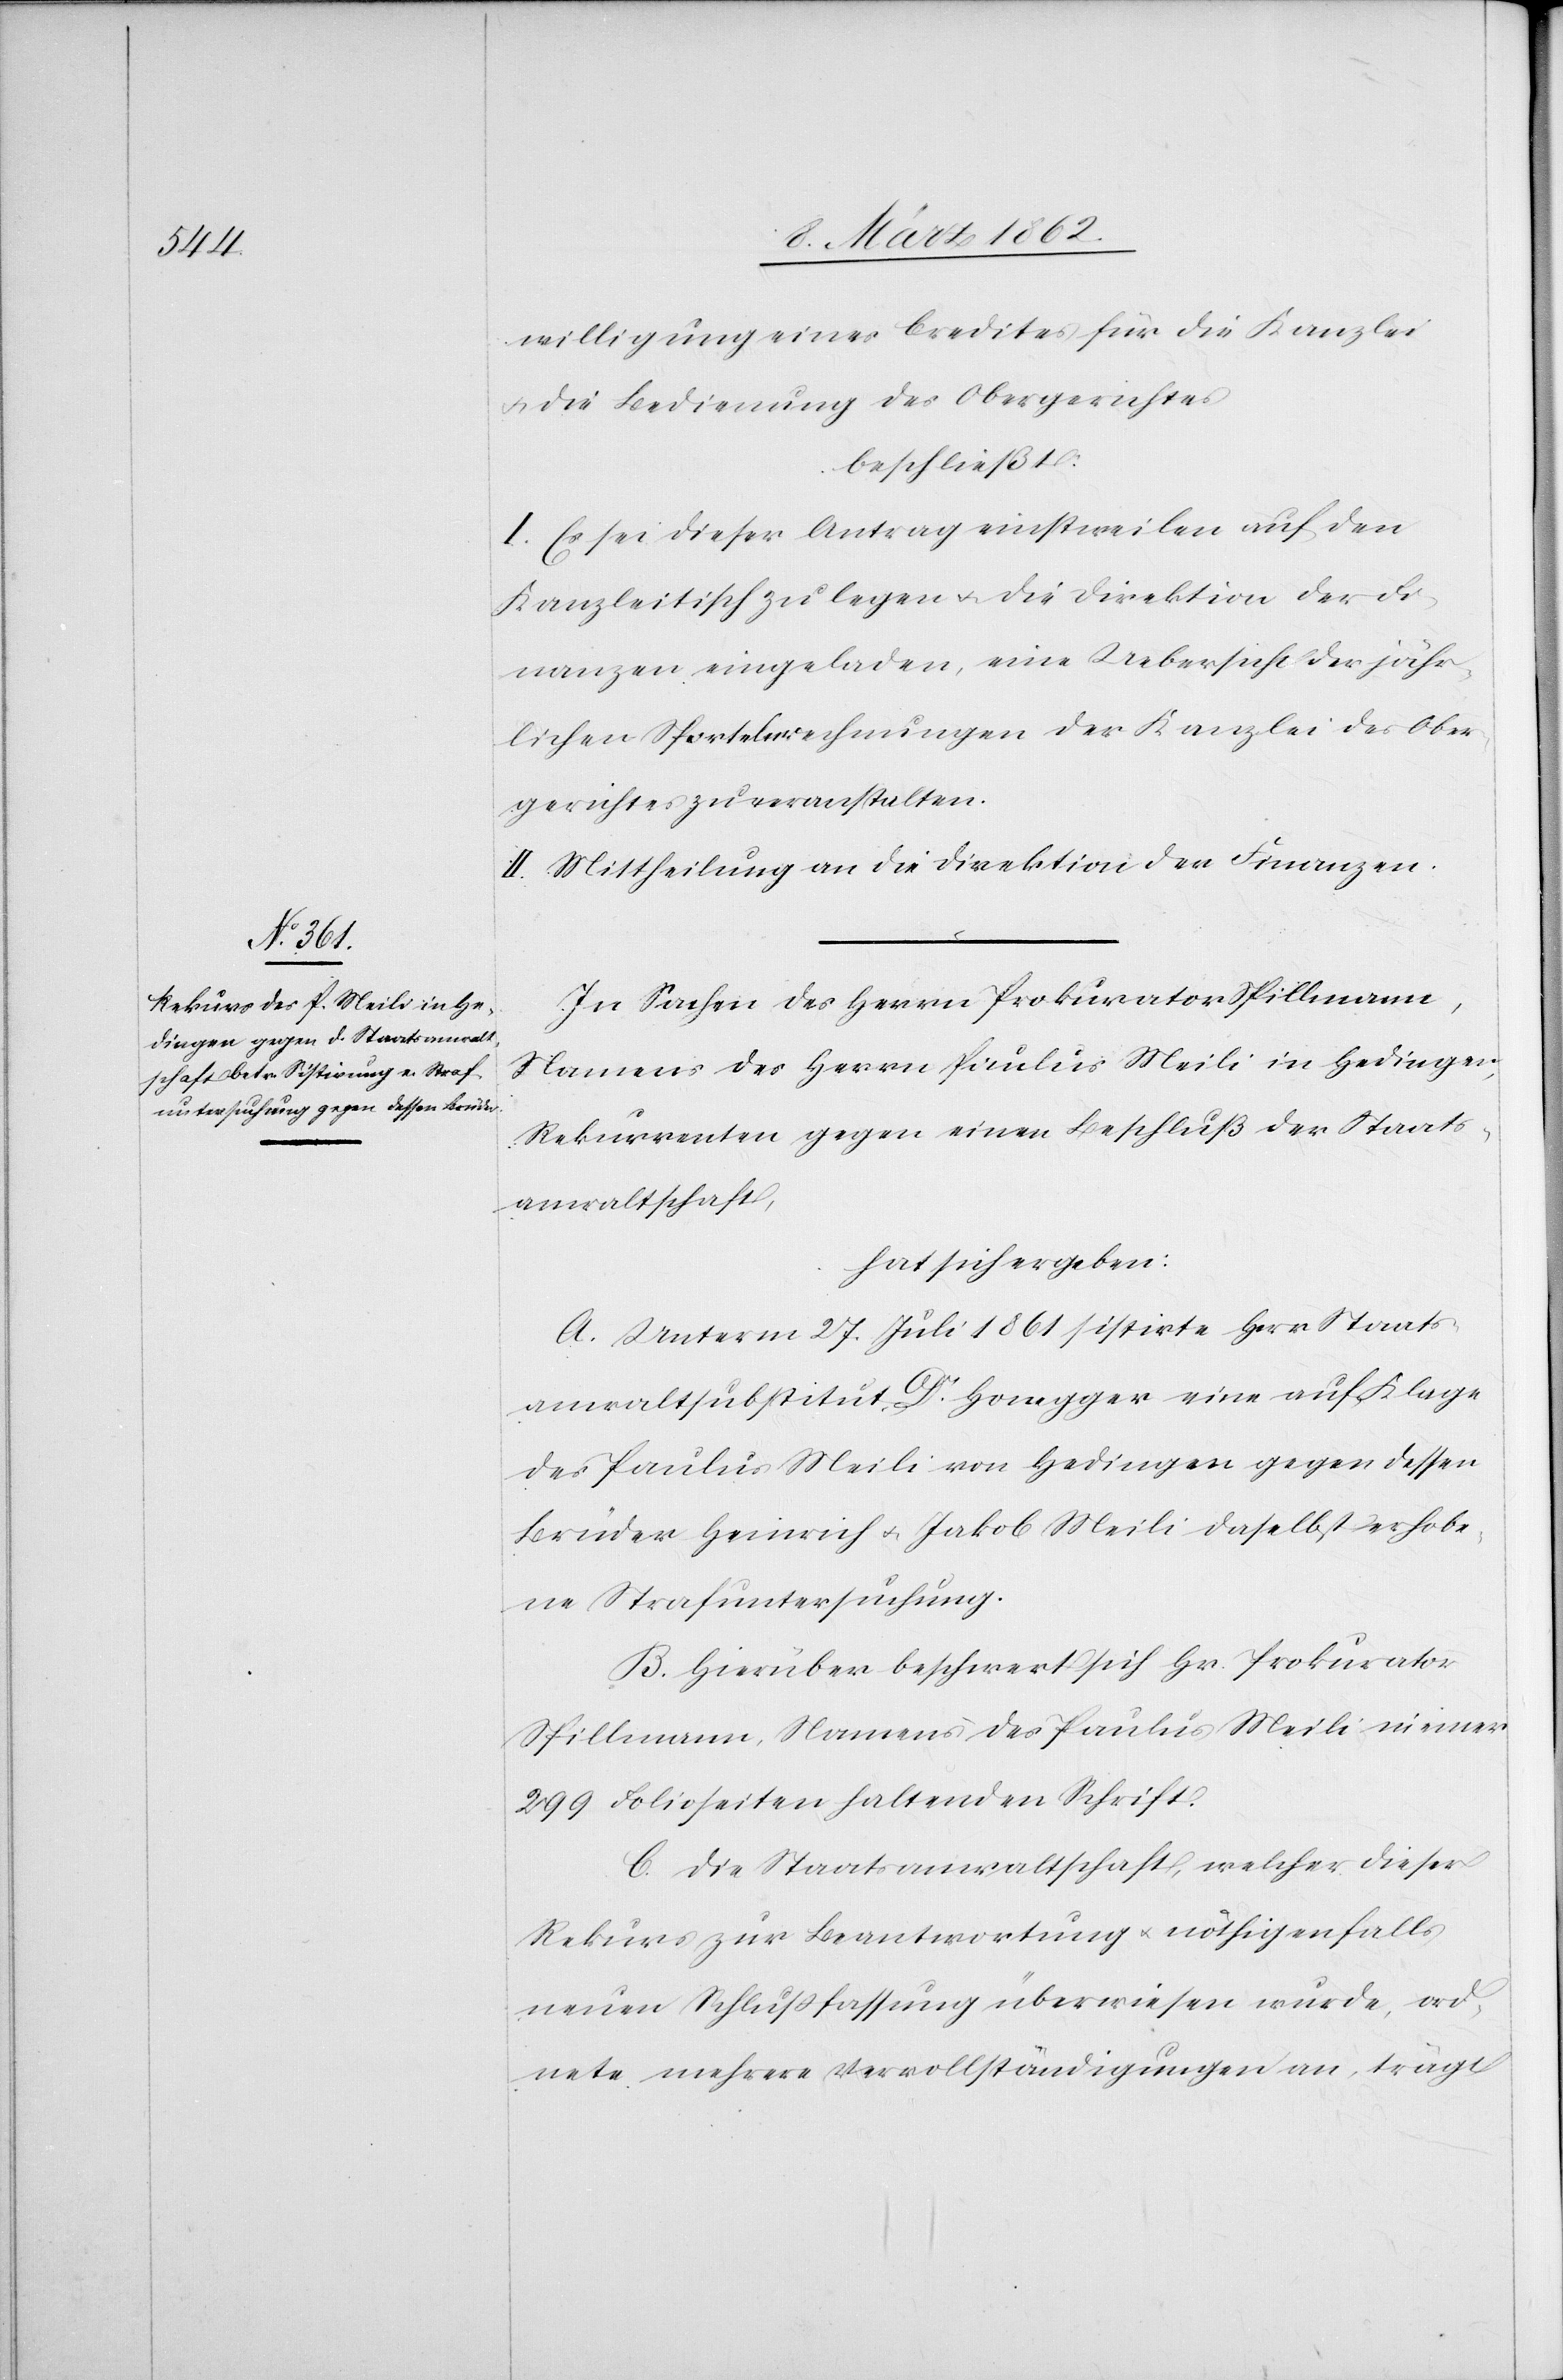
willigung eines Credites für die Kanzlei
u. die Bedienung des Obergerichtes
beschließt:
I. Es sei dieser Antrag einstweilen auf den
Kanzleitisch zu legen u. die Direktion der Fi¬
nanzen eingeladen, eine Uebersicht der jähr¬
lichen Sportelnrechnungen der Kanzlei des Ober¬
gerichtes zu veranstalten.
II. Mittheilung an die Direktion der Finanzen.
In Sachen des Herrn Prokurator Spillmann,
Namens des Herrn Paulus Meili in Hedingen,
Rekurrenten gegen einen Beschluß der Staats¬
anwaltschaft,
hat sich ergeben:
A. Unterm 27. Juli 1861 sistirte Herr Staats¬
anwaltsubstitut Dr. Honegger eine auf Klage
des Paulus Meili von Hedingen gegen dessen
Brüder Heinrich u. Jakob Meili daselbst erhobe¬
ne Strafuntersuchung.
B. Hierüber beschwert sich Hr. Prokurator
Spillmann, Namens des Paulus Meili in einer
299 Folioseiten haltenden Schrift.
C. Die Staatsanwaltschaft, welcher dieser
Rekurs zur Beantwortung u. nöthigenfalls
neuen Schlußfassung überwiesen wurde, ord¬
nete mehrere Vervollständigungen an, trägt